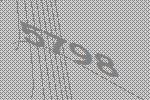
5798